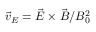
\vec { v } _ { E } = \vec { E } \times \vec { B } / B _ { 0 } ^ { 2 }